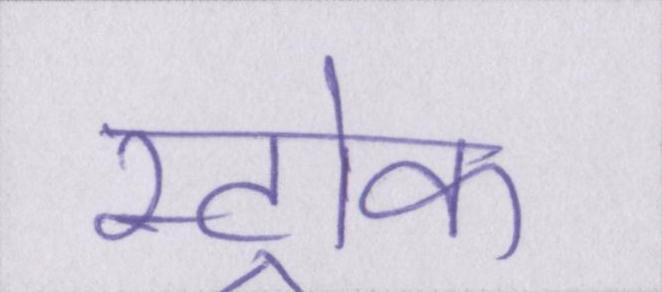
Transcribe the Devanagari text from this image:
स्ट्रोक